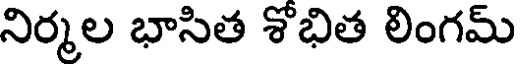
నిర్మల భాసిత శోభిత లింగమ్